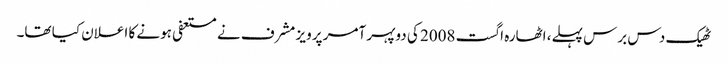
ٹھیک دس برس پہلے، اٹھارہ اگست 2008 کی دوپہر آمر پرویز مشرف نے مستعفی ہونے کا اعلان کیا تھا۔